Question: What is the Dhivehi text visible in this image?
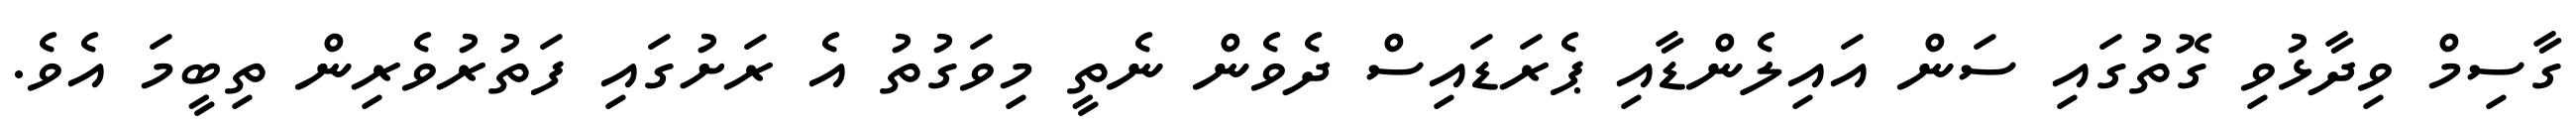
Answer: ގާސިމް ވިދާޅުވި ގޮތުގައި ސަން އައިލެންޑާއި ޕެރަޑައިސް ދެވެން ނެތީ މިވަގުތު އެ ރަށުގައި ފަތުރުވެރިން ތިބީމަ އެވެ.